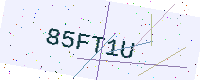
Text: 85FT1U